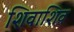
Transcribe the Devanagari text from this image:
शिवाशिव